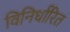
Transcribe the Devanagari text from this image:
विनिर्धारित